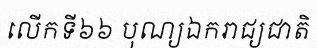
លើកទី៦៦ បុណ្យឯករាជ្យជាតិ